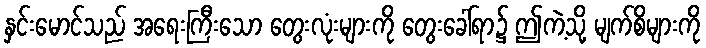
နှင်းမောင်သည် အရေးကြီးသော တွေးလုံးများကို တွေးခေါ်ရာ၌ ဤကဲ့သို့ မျက်စိများကို